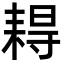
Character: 䎪